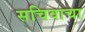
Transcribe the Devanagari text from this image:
सचिवाचा